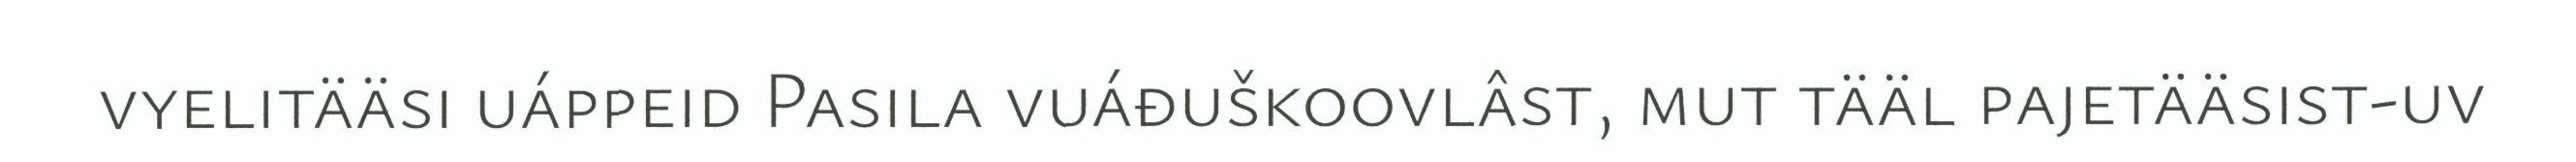
vyelitääsi uáppeid Pasila vuáđuškoovlâst, mut tääl pajetääsist-uv